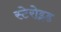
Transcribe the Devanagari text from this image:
स्टेरोइड